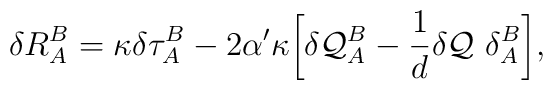
\delta R_{A}^{B} = \kappa \delta\tau_{A}^{B} - 2\alpha' \kappa\biggl[  \delta {\cal Q}_{A}^{B} - \frac{1}{d} \delta {\cal Q}~ \delta_{A}^{B}\biggr],